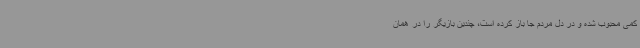
کمی محبوب شده و در دل مردم جا باز کرده است، چندین بازیگر را در همان